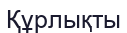
Құрлықты